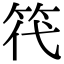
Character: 笩